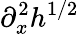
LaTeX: \partial_{x}^{2}h^{1/2}